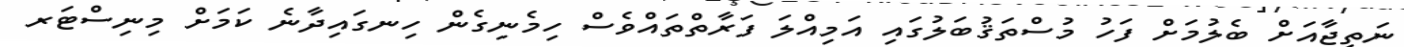
ނަތީޖާއަށް ބެލުމަށް ފަހު މުސްތަޤުބަލުގައި އަމިއްލަ ފަރާތްތައްވެސް ހިމެނިގެން ހިނގައިދާނެ ކަމަށް މިނިސްޓަރ